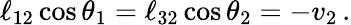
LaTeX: \ell_{12}\cos{\theta}_{1}=\ell_{32}\cos{\theta}_{2}=-v_{2}\, .